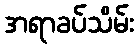
အရာခပ်သိမ်း